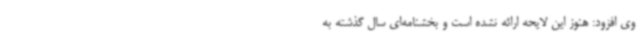
وی افزود: هنوز این لایحه ارائه نشده است و بخشنامه‌ای سال گذشته به